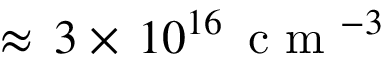
\approx \, 3 \times \, 1 0 ^ { 1 6 } \, \mathrm { ~ c ~ m ~ } ^ { - 3 }